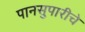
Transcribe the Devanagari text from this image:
पानसुपारीचे